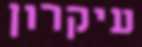
עיקרון